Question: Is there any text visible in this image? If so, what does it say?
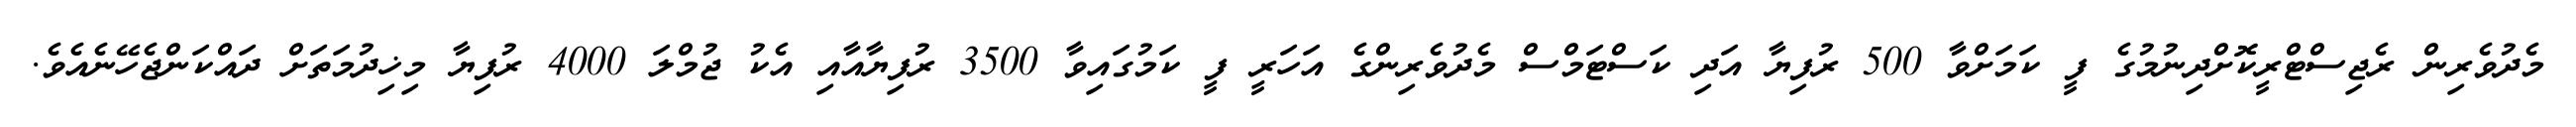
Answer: މެދުވެރިން ރެޖިސްޓްރީކޮށްދިނުމުގެ ފީ ކަމަށްވާ 500 ރުފިޔާ އަދި ކަސްޓަމްސް މެދުވެރިންގެ އަހަރީ ފީ ކަމުގައިވާ 3500 ރުފިޔާއާއި އެކު ޖުމްލަ 4000 ރުފިޔާ މިޚިދުމަތަށް ދައްކަންޖެހޭނެއެވެ.